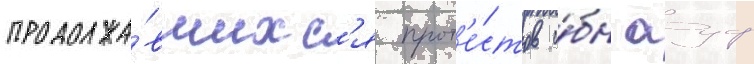
продолжа́вшихс'я прот'е́стов и́бн ауф